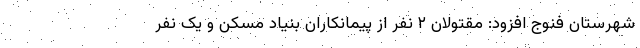
شهرستان فنوج افزود: مقتولان ۲ نفر از پیمانکاران بنیاد مسکن و یک نفر